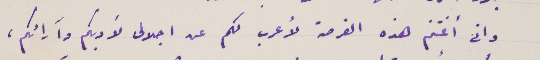
وانى أغتنم هذه الفرصة لأعرب لكم عن اجلالى لأدبكم وآرائكم،